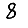
Digit: 8